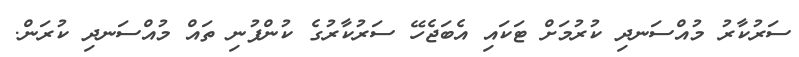
ސަރުކާރު މުއްސަނދި ކުރުމަށް ޓަކައި އެބަޖެހޭ ސަރުކާރުގެ ކުންފުނި ތައް މުއްސަނދި ކުރަން.